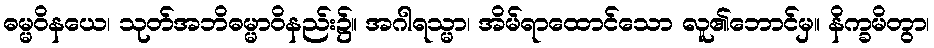
ဓမ္မဝိနယေ၊ သုတ်အဘိဓမ္မာဝိနည်း၌။ အဂါရသ္မာ၊ အိမ်ရာထောင်သော လူ၏ဘောင်မှ။ နိက္ခမိတွာ၊